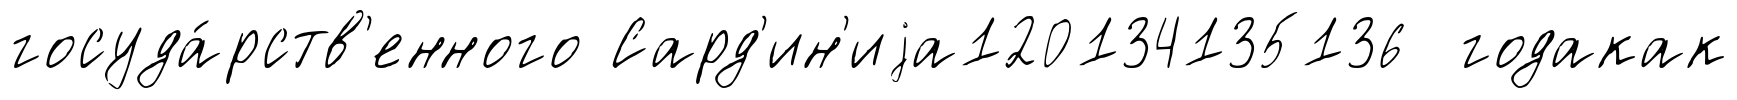
госуда́рств'енного Сард'ин'иjа120134135136 годакак